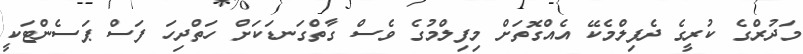
މަދުރްގެ ކުރީގެ ދެފިލްމެކޭ އެއްގޮތަށް މިފިލްމުގެ ވެސް ގާތްގަނޑަކަށް ހަތްދިހަ ފަސް ޕަސެންޓަކީ